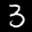
Label: 3